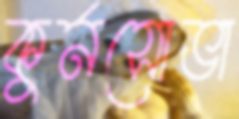
কুর্নসোভা